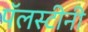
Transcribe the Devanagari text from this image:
पॅलस्टीनी